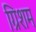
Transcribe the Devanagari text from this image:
ग्रिशम